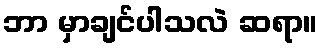
ဘာ မှာချင်ပါသလဲ ဆရာ။